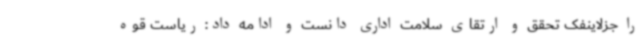
را جزلاینفک تحقق و ارتقای سلامت اداری دانست و ادامه داد: ریاست قوه